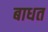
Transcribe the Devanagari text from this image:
बाधत